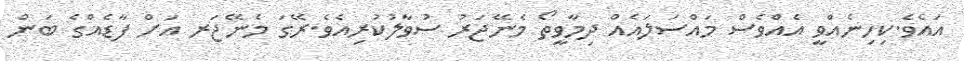
އައެވެ.ކިހިނެއްވީ އެއްވެސް މައްސަލައެއް ދިމާވީތޯ މެނޭޖަރު ސުވާލުކުރިއެވެ.ރޭގަ މެނޭޖަރ އަށް ފާޑެއްގެ ބަން